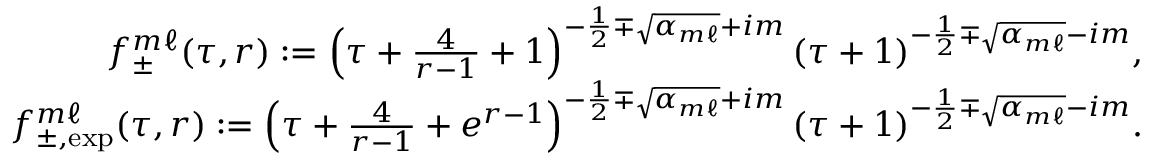
\begin{array} { r } { f _ { \pm } ^ { m \ell } ( \tau , r ) : = \left( \tau + \frac { 4 } { r - 1 } + 1 \right) ^ { - \frac { 1 } { 2 } \mp \sqrt { \alpha _ { m \ell } } + i m } ( \tau + 1 ) ^ { - \frac { 1 } { 2 } \mp \sqrt { \alpha _ { m \ell } } - i m } , } \\ { f _ { \pm , \mathrm { e x p } } ^ { m \ell } ( \tau , r ) : = \left( \tau + \frac { 4 } { r - 1 } + e ^ { r - 1 } \right) ^ { - \frac { 1 } { 2 } \mp \sqrt { \alpha _ { m \ell } } + i m } ( \tau + 1 ) ^ { - \frac { 1 } { 2 } \mp \sqrt { \alpha _ { m \ell } } - i m } . } \end{array}